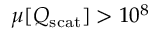
\mu [ Q _ { \mathrm { s c a t } } ] > 1 0 ^ { 8 }